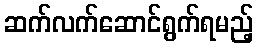
ဆက်လက်ဆောင်ရွက်ရမည့်